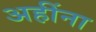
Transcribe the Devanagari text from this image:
अहींना